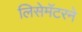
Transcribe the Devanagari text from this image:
लिसेमॅटरने